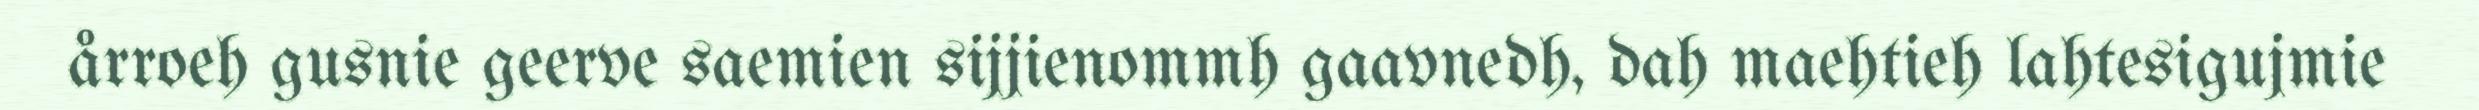
årroeh gusnie geerve saemien sijjienommh gaavnedh, dah maehtieh lahtesigujmie